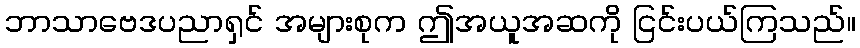
ဘာသာဗေဒပညာရှင် အများစုက ဤအယူအဆကို ငြင်းပယ်ကြသည်။